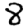
Digit: 8